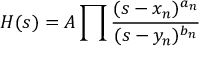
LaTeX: H ( s ) = A \prod { \frac { ( s - x _ { n } ) ^ { a _ { n } } } { ( s - y _ { n } ) ^ { b _ { n } } } }